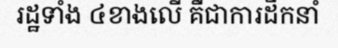
រដ្ឋទាំង ៤ខាងលើ គឺជាការដឹកនាំ